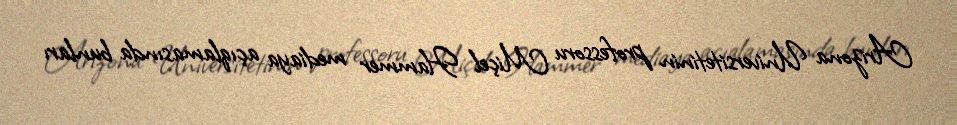
Arizona Universitetinin professoru Miçel Hammer mediaya açıqlamasında bunları